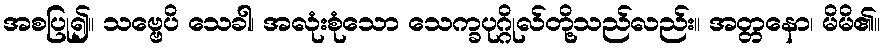
အစပြု၍။ သဗ္ဗေပိ သေခါ၊ အလုံးစုံသော သေက္ခပုဂ္ဂိုလ်တို့သည်လည်း။ အတ္တနော၊ မိမိ၏။